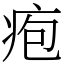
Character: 疱